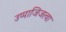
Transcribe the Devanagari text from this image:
उप्पाजिजत्वा